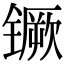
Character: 镢